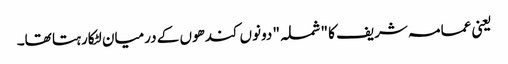
یعنی عمامہ شریف کا "شملہ" دونوں کندھوں کے درمیان لٹکارہتا تھا۔